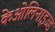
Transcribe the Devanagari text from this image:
केओलिनाइज्ड